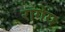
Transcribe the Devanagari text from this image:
रागेय